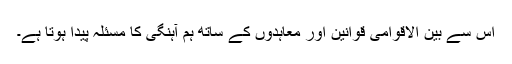
اس سے بین الاقوامی قوانین اور معاہدوں کے ساتھ ہم آہنگی کا مسئلہ پیدا ہوتا ہے۔